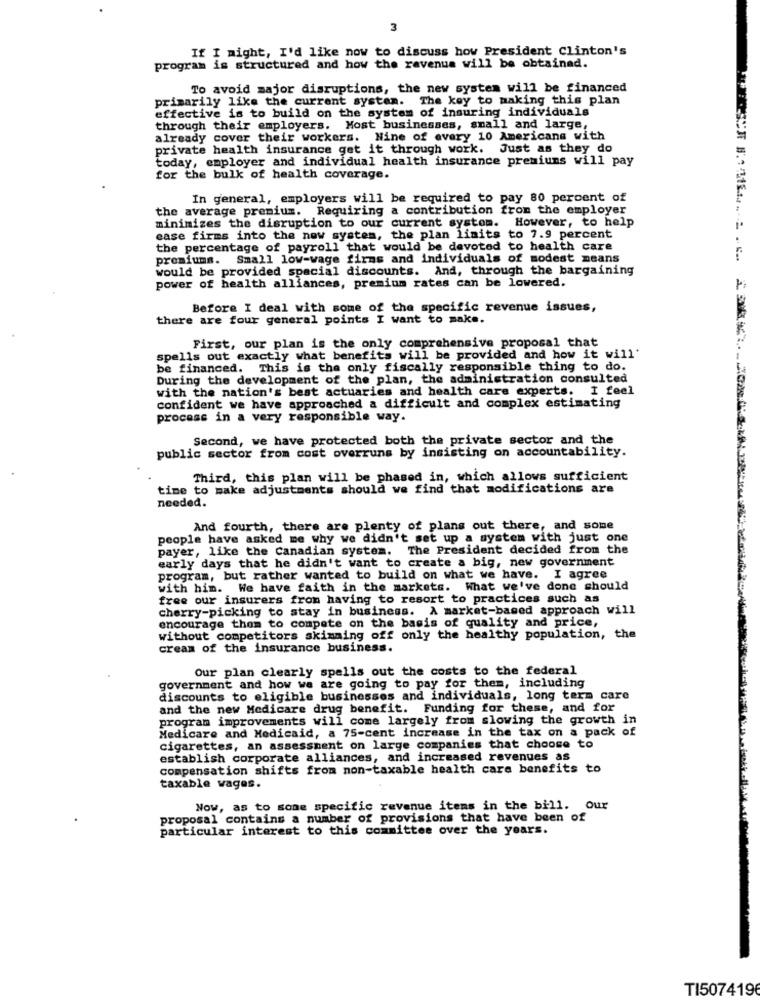
3
If I might, I'd like now to discuss how President Clinton's
program is structured and how the revenue will be obtained.
To avoid major disruptions, the new system will be financed
primarily like the current system. The key to making this plan
effective is to build on the system of insuring individuals
through their employers. Most businesses, small and large,
already cover their workers. Nine of every 10 Americans with
private health insurance get it through work. Just as they do
today, employer and individual health insurance premiums will pay
for the bulk of health coverage.
In general, employers will be required to pay 80 percent of
the average premium. Requiring a contribution from the employer
minimizes the disruption to our current systom. However, to help
case firms into the new system, the plan limits to 7.9 percent
the percentage of payroll that would be devoted to health care
premiums. Small low-wage firms and individuals of modest means
would be provided special discounts. And, through the bargaining
power of health alliances, premium rates can be lowered.
Before I deal with some of the specific revenue issues,
there are four general points I want to make.
First, our plan is the only comprehensive proposal that
spells out exactly what benefits will be provided and how it will'
be financed. This is the only fiscally responsible thing to do.
During the development of the plan, the administration consulted
with the nation's best actuaries and health care experts. I feel
confident we have approached a difficult and complex estimating
process in a very responsible way.
Second, we have protected both the private sector and the
public sector from cost overruns by insisting on accountability.
Third, this plan will be phased in, which allows sufficient
time to make adjustments should we find that modifications are
needed.
And fourth, there are plenty of plans out there, and some
people have asked me why we didn't set up a system with just one
payer, like the Canadian system. The President decided from the
early days that he didn't want to create a big, new government
program, but rather wanted to build on what we have. I agree
with him. We have faith in the markets. What we've done should
free our insurers from having to resort to practices such as
cherry-picking to stay in business. A market-based approach will
encourage them to compete on the basis of quality and price,
without competitors skimming off only the healthy population, the
cream of the insurance business.
Our plan clearly spells out the costs to the federal
government and how we are going to pay for them, including
discounts to eligible businesses and individuals, long term care
and the new Medicare drug benefit. Funding for these, and for
program improvements will come largely from slowing the growth in
Medicare and Medicaid, a 75-cent increase in the tax on a pack of
cigarettes, an assessment on large companies that choose to
establish corporate alliances, and increased revenues as
compensation shifts from non-taxable health care benefits to
taxable vages.
Now, as to some specific revenue items in the bill. Our
proposal contains a number of provisions that have been of
particular interest to this committee over the years.
TI507419